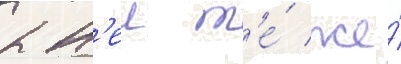
к н'еи т'е́ же́